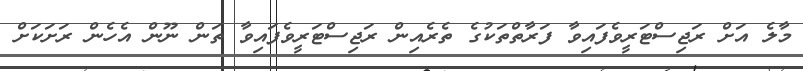
މާލެ އަށް ރަޖިސްޓަރީވެފައިވާ ފަރާތްތަކުގެ ތެރެއިން ރަޖިސްޓަރީވެފައިވާ ތަން ނޫން އެހެން ރަށަކަށް